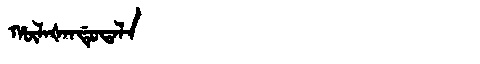
Manchu: ᡥᡡᠯᠠᡧᠠᠨᡩᡠᡨᠠᠯᠠ
Romanization: HŪLAŠANDUTALA